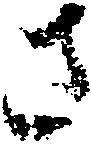
さ